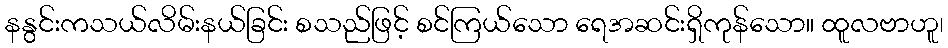
နနွင်းကသယ်လိမ်းနယ်ခြင်း စသည်ဖြင့် စင်ကြယ်သော ရေအဆင်းရှိကုန်သော။ ထူလဗာဟူ၊